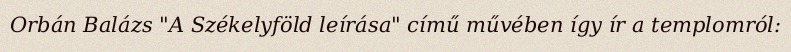
Orbán Balázs "A Székelyföld leírása" című művében így ír a templomról: